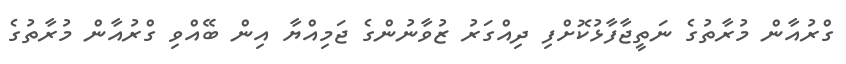
ގްރުއާން މުރާތުގެ ނަތީޖާފާޅުކޮށްފި ދިއްގަރު ޒުވާނުންގެ ޖަމިއްޔާ އިން ބޭއްވި ގްރުއާން މުރާތުގެ